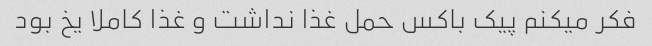
فکر میکنم پیک باکس حمل غذا نداشت و غذا کاملا یخ بود